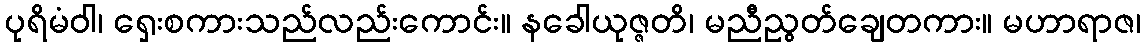
ပုရိမံဝါ၊ ရှေးစကားသည်လည်းကောင်း။ နခေါယုဇ္ဇတိ၊ မညီညွတ်ချေတကား။ မဟာရာဇ၊